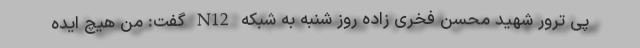
پی ترور شهید محسن فخری زاده روز شنبه به شبکه N12 گفت: من هیچ ایده